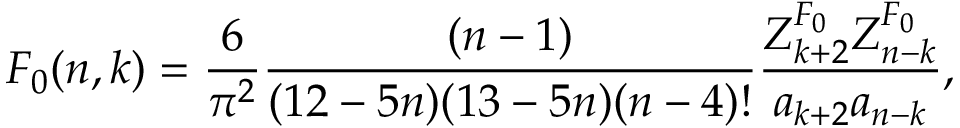
F _ { 0 } ( n , k ) = { \frac { 6 } { \pi ^ { 2 } } } { \frac { ( n - 1 ) } { ( 1 2 - 5 n ) ( 1 3 - 5 n ) ( n - 4 ) ! } } { \frac { Z _ { k + 2 } ^ { F _ { 0 } } Z _ { n - k } ^ { F _ { 0 } } } { a _ { k + 2 } a _ { n - k } } } ,